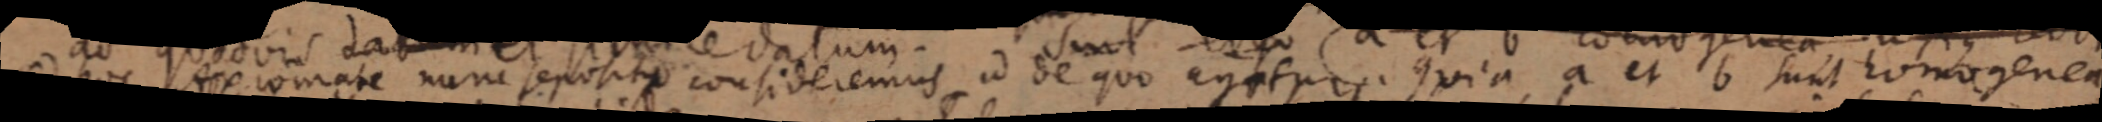
oduram num ppotite consideremus id dequo gepis quia a et b sunt homogenea